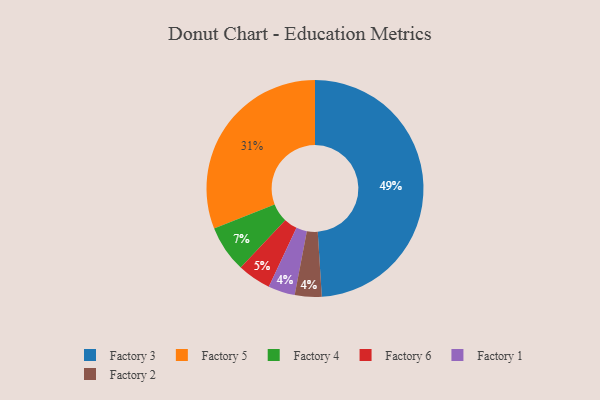
{"axis": {"x": "Category", "y": "Percentage"}, "legend": ["Factory 1", "Factory 2", "Factory 3", "Factory 4", "Factory 5", "Factory 6"], "data": [{"x": "Factory 4", "y": 7, "type": "Factory 4"}, {"x": "Factory 1", "y": 4, "type": "Factory 1"}, {"x": "Factory 5", "y": 31, "type": "Factory 5"}, {"x": "Factory 2", "y": 4, "type": "Factory 2"}, {"x": "Factory 3", "y": 49, "type": "Factory 3"}, {"x": "Factory 6", "y": 5, "type": "Factory 6"}]}